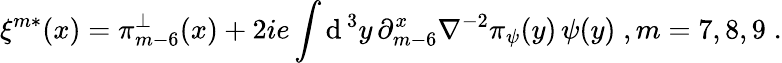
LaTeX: \xi^{m*}(x)=\pi_{m-6}^{\perp}(x)+2ie\int\mathrm{d}^{\, 3}y\, \partial_{m-6}^{x}\nabla^{-2}\pi_{\psi}(y)\, \psi(y)\; ,m=7,8,9\; .